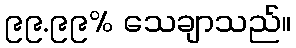
၉၉.၉၉% သေချာသည်။